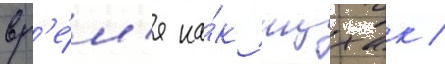
вр'е́м'я ка́к ицхак /